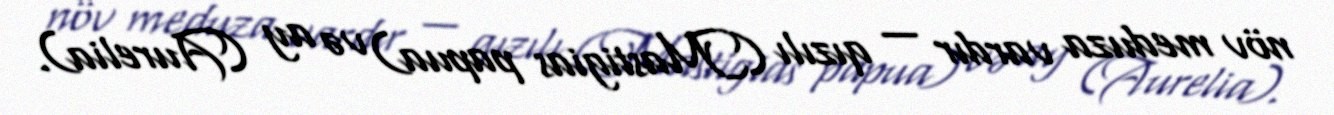
növ meduza vardır — qızılı (Mastigias papua) və ay (Aurelia).